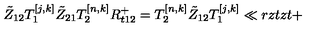
\tilde { Z } _ { 1 2 } T _ { 1 } ^ { [ j , k ] } \tilde { Z } _ { 2 1 } T _ { 2 } ^ { [ n , k ] } { R } _ { t 1 2 } ^ { + } = T _ { 2 } ^ { [ n , k ] } \tilde { Z } _ { 1 2 } T _ { 1 } ^ { [ j , k ] } \ll { r z t z t + }